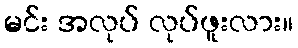
မင်း အလုပ် လုပ်ဖူးလား။